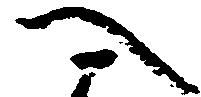
へ